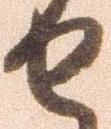
せ